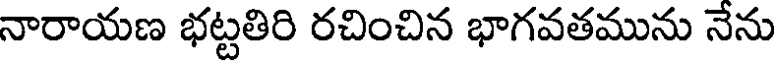
నారాయణ భట్టతిరి రచించిన భాగవతమును నేను